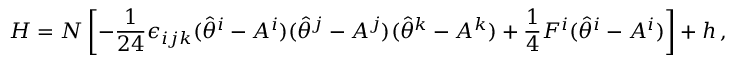
H = N \left[ - \frac { 1 } { 2 4 } \epsilon _ { i j k } ( \hat { \theta } ^ { i } - A ^ { i } ) ( \hat { \theta } ^ { j } - A ^ { j } ) ( \hat { \theta } ^ { k } - A ^ { k } ) + \frac { 1 } { 4 } F ^ { i } ( \hat { \theta } ^ { i } - A ^ { i } ) \right] + h \, ,